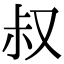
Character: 叔